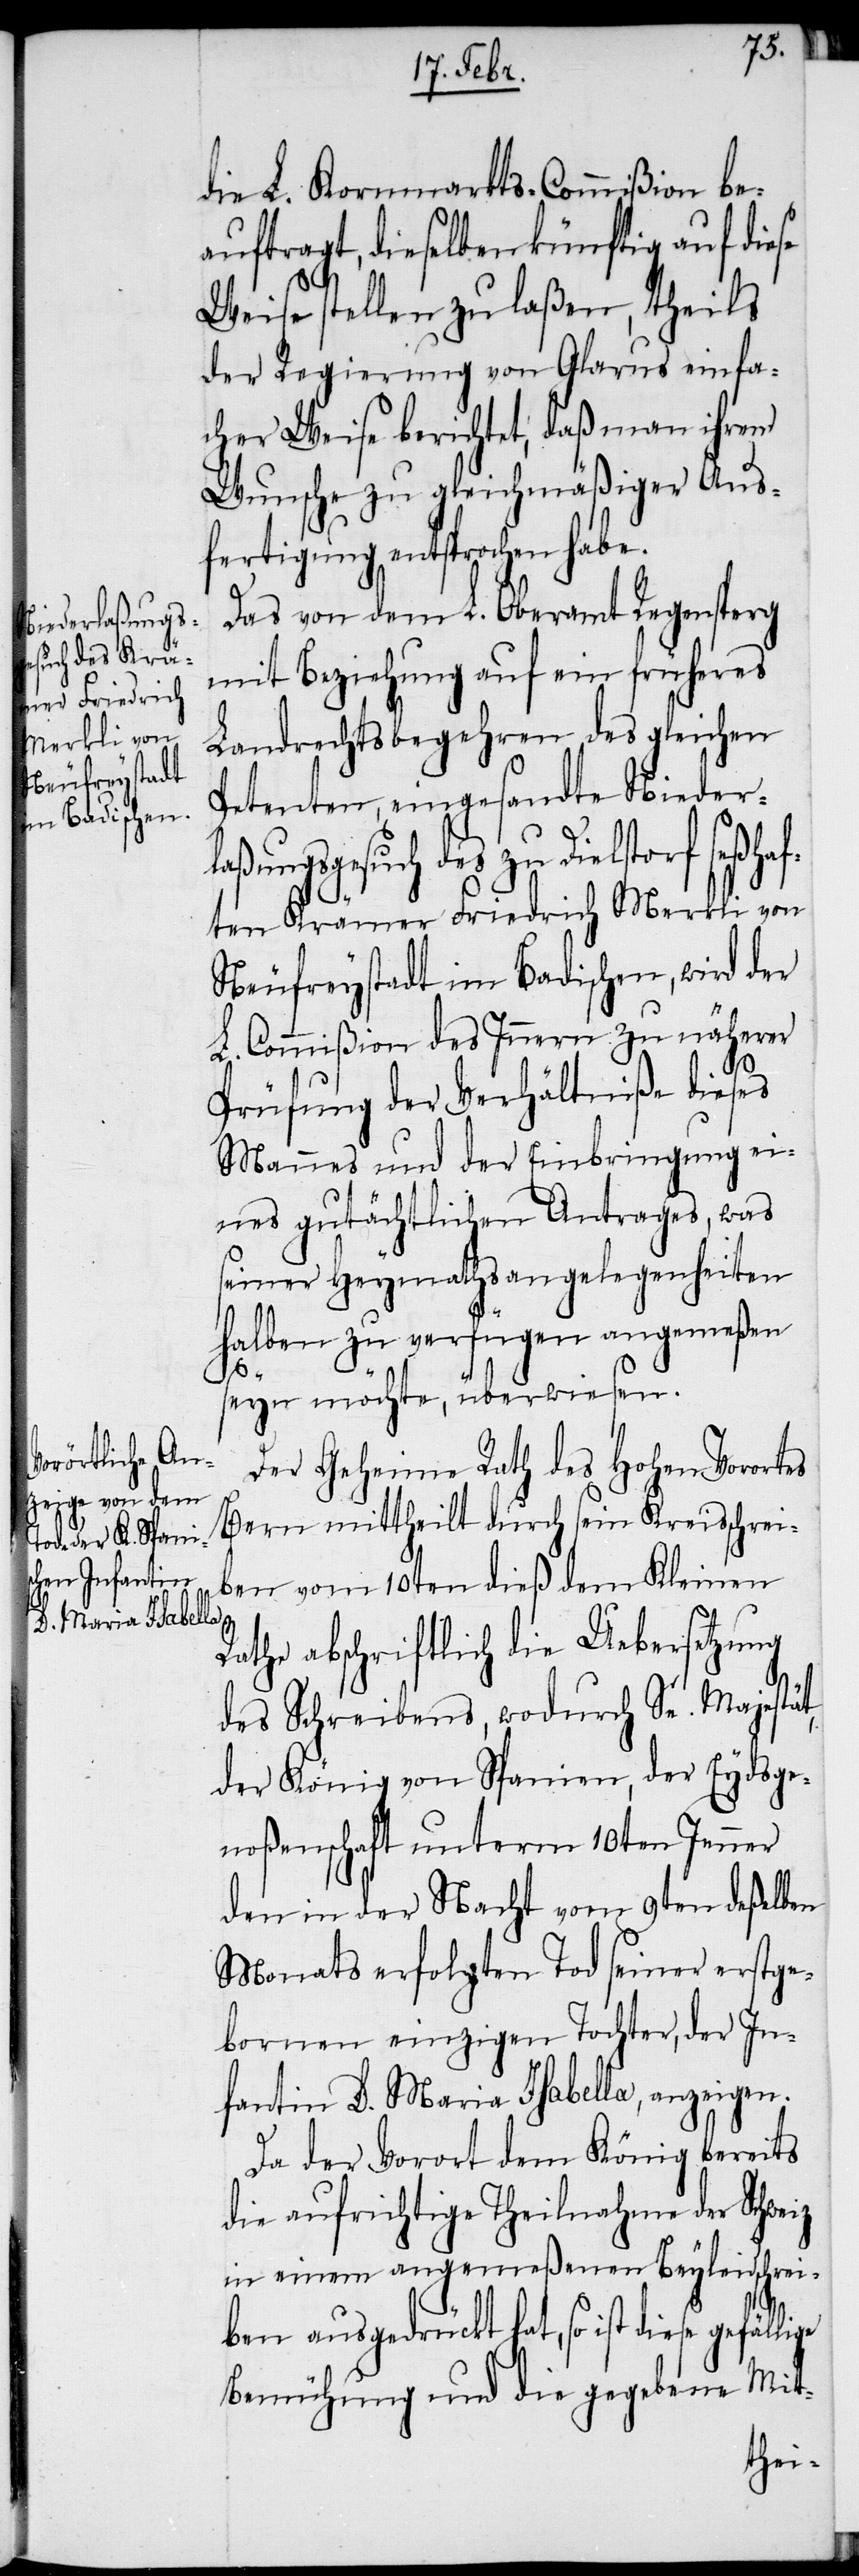
die L. Kornmarkts-Commißion be¬
auftragt, dieselben künftig auf diese
Weise stellen zu laßen, theils
der Regierung von Glarus einfa¬
cher Weise berichtet, daß man ihrem
Wunsche zu gleichmäßiger Aus¬
fertigung entsprochen habe.
lige
Das von dem L. Oberamt Regensperg
mit Beziehung auf ein früheres
Landrechtsbegehren des gleichen
Petenten, eingesandte Nieder¬
laßungsgesuch des zu Dielstorf seßhaf¬
ten Krämer Friedrich Merkli von
Neufreystadt im Badischen, wird der
L. Commißion des Innern zu näherer
Prüfung der Verhältniße dieses
Mannes und der Einbringung ei¬
nes gutächtlichen Antrages, was
seiner Heymathsangelegenheiten
halben zu verfügen angemeßen
seyn möchte, überwiesen.
Der Geheime Rath des Hohen Vorortes
Bern mittheilt durch sein Kreisschrei¬
ben vom 10ten dieß dem Kleinen
Rathe abschriftlich die Uebersetzung
des Schreibens, wodurch Se. Majestät,
der König von Spanien, der Eydsge¬
noßenschaft unterm 10ten Jenner
den in der Nacht vom 9ten deßelben
Monats erfolgten Tod seiner erstge¬
bornen einzigen Tochter, der In¬
fantin D. Maria Isabella, anzeigen.
Da der Vorort dem König bereits
die aufrichtige Theilnahme der Schweiz
in einem angemeßenen Beyleidschrei¬
ben ausgedrückt hat, so ist diese gefäl¬
Bemühung und die gegebene Mit-